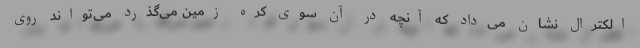
الکترال نشان می‌داد که آنچه در آن سوی کره زمین می‌گذرد می‌تواند روی